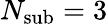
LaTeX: N_{\mathrm{sub}}=3